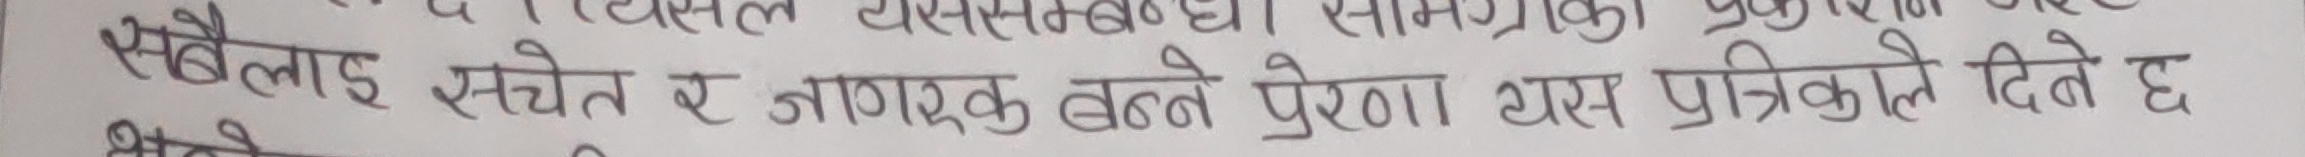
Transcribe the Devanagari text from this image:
सबैलाई सचेत र जागरूक बन्ने प्रेरणा यस पत्रिकाले दिने छ